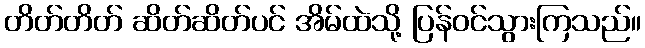
တိတ်တိတ် ဆိတ်ဆိတ်ပင် အိမ်ထဲသို့ ပြန်ဝင်သွားကြသည်။